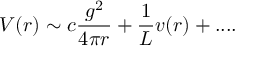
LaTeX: V ( r ) \sim c \frac { g ^ { 2 } } { 4 \pi r } + \frac { 1 } { L } v ( r ) + . . . .